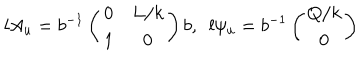
l A _ { u } = b ^ { - 1 } \left( \begin{array} { c c } { { 0 } } & { { L / k } } \\ { { 1 } } & { { 0 } } \\ \end{array} \right) b , \ \ l \psi _ { u } = b ^ { - 1 } \left( \begin{array} { c } { { Q / k } } \\ { { 0 } } \\ \end{array} \right)